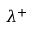
\lambda ^ { + }